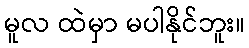
မူလ ထဲမှာ မပါနိုင်ဘူး။